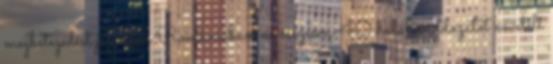
megbetegedést jegyeztek Romániában, és összesen 40 halálos áldozatot követelt